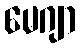
မေဂျာ